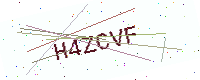
Text: H4ZCVF